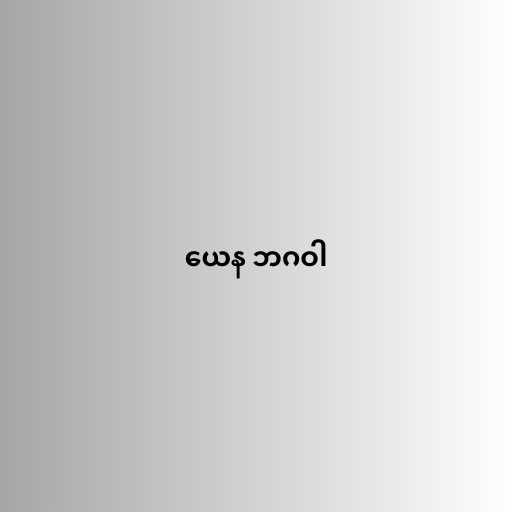
ယေန ဘဂဝါ